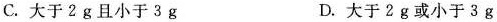
C.大于2g且小于3g D.大于2g或小于3g